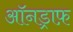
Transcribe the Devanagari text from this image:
ऑनड्राफ़